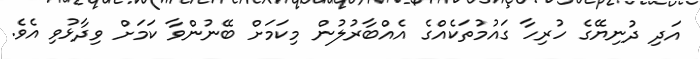
އަދި ދުނިޔޭގެ ހުރިހާ ގައުމުތަކެއްގެ އެއްބާރުލުން މިކަމަށް ބޭނުންވާ ކަމަށް ވިދާޅުވި އެވެ.